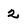
Character: 2